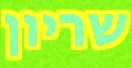
שריון